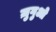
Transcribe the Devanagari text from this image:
ज़ुगुओ